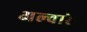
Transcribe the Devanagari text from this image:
अल्वारेट